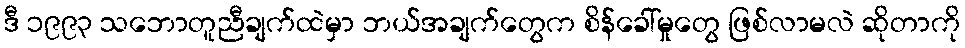
ဒီ ၁၉၉၃ သဘောတူညီချက်ထဲမှာ ဘယ်အချက်တွေက စိန်ခေါ်မှုတွေ ဖြစ်လာမလဲ ဆိုတာကို